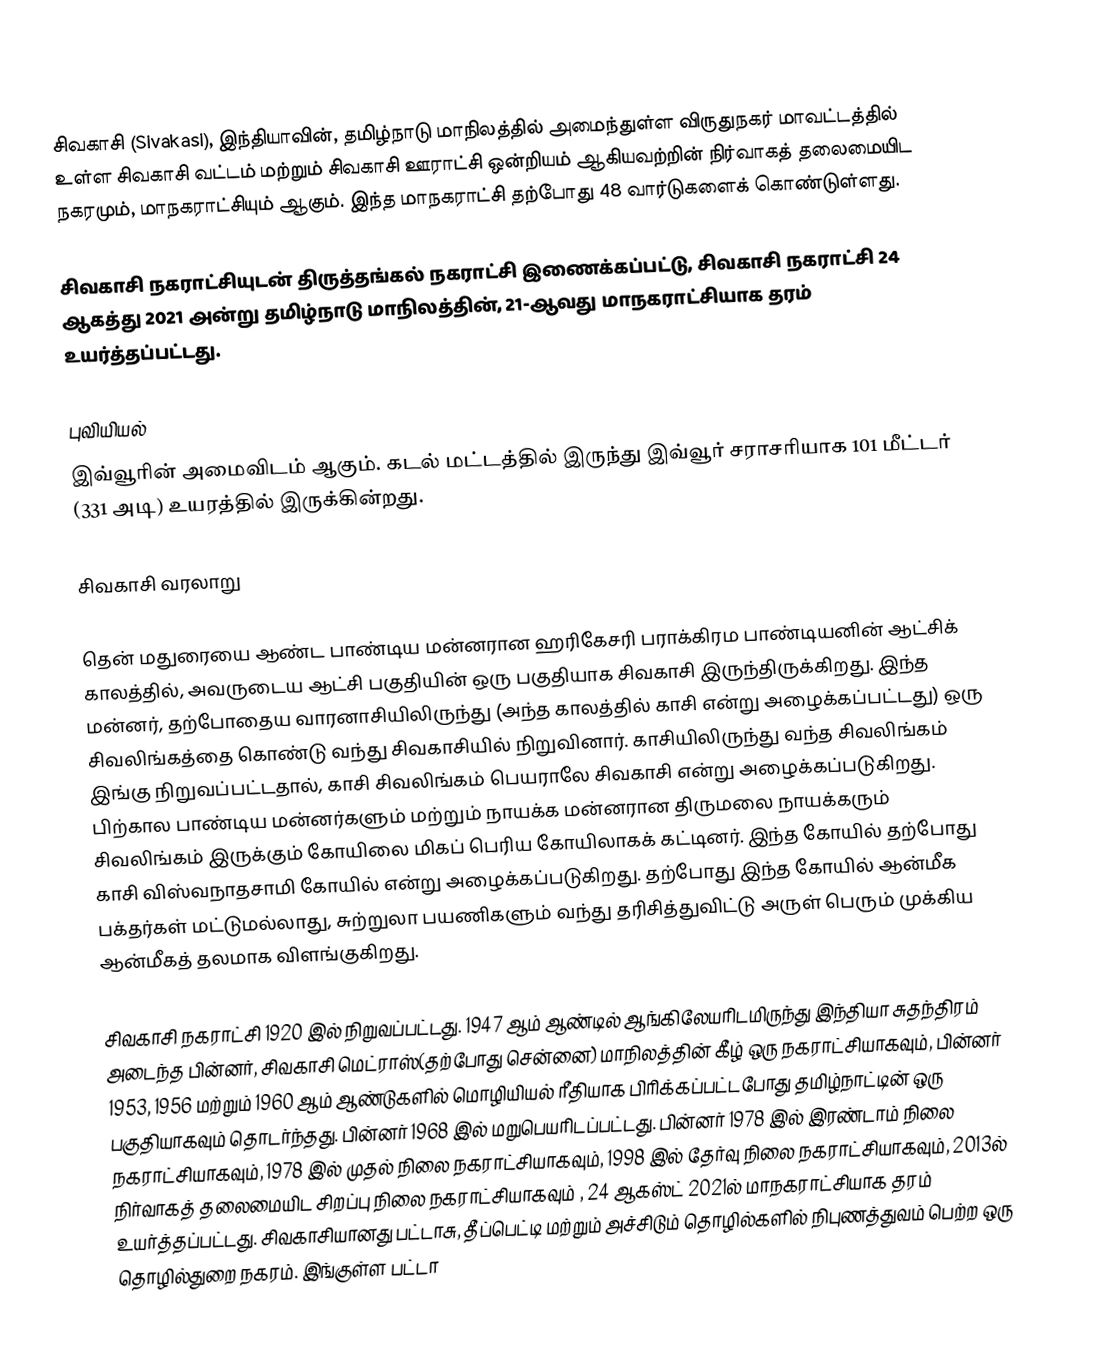
சிவகாசி (Sivakasi), இந்தியாவின், தமிழ்நாடு மாநிலத்தில் அமைந்துள்ள விருதுநகர் மாவட்டத்தில் உள்ள சிவகாசி வட்டம் மற்றும் சிவகாசி ஊராட்சி ஒன்றியம் ஆகியவற்றின் நிர்வாகத் தலைமையிட நகரமும், மாநகராட்சியும் ஆகும். இந்த மாநகராட்சி தற்போது 48 வார்டுகளைக் கொண்டுள்ளது.

சிவகாசி நகராட்சியுடன் திருத்தங்கல் நகராட்சி இணைக்கப்பட்டு, சிவகாசி நகராட்சி 24 ஆகத்து 2021 அன்று தமிழ்நாடு மாநிலத்தின், 21-ஆவது மாநகராட்சியாக தரம் உயர்த்தப்பட்டது.

புவியியல்
இவ்வூரின் அமைவிடம்  ஆகும். கடல் மட்டத்தில் இருந்து இவ்வூர் சராசரியாக 101 மீட்டர் (331 அடி) உயரத்தில் இருக்கின்றது.

சிவகாசி வரலாறு

தென் மதுரையை ஆண்ட பாண்டிய மன்னரான ஹரிகேசரி பராக்கிரம பாண்டியனின் ஆட்சிக் காலத்தில், அவருடைய ஆட்சி பகுதியின் ஒரு பகுதியாக சிவகாசி இருந்திருக்கிறது. இந்த மன்னர், தற்போதைய வாரனாசியிலிருந்து (அந்த காலத்தில் காசி என்று அழைக்கப்பட்டது) ஒரு சிவலிங்கத்தை கொண்டு வந்து சிவகாசியில் நிறுவினார். காசியிலிருந்து வந்த சிவலிங்கம் இங்கு நிறுவப்பட்டதால், காசி சிவலிங்கம் பெயராலே சிவகாசி என்று அழைக்கப்படுகிறது. பிற்கால பாண்டிய மன்னர்களும் மற்றும் நாயக்க மன்னரான திருமலை நாயக்கரும் சிவலிங்கம் இருக்கும் கோயிலை மிகப் பெரிய கோயிலாகக் கட்டினர். இந்த கோயில் தற்போது காசி விஸ்வநாதசாமி கோயில் என்று அழைக்கப்படுகிறது. தற்போது இந்த கோயில் ஆன்மீக பக்தர்கள் மட்டுமல்லாது, சுற்றுலா பயணிகளும் வந்து தரிசித்துவிட்டு அருள் பெரும் முக்கிய ஆன்மீகத் தலமாக விளங்குகிறது.

சிவகாசி நகராட்சி 1920 இல் நிறுவப்பட்டது. 1947 ஆம் ஆண்டில் ஆங்கிலேயரிடமிருந்து இந்தியா சுதந்திரம் அடைந்த பின்னர், சிவகாசி மெட்ராஸ்(தற்போது சென்னை) மாநிலத்தின் கீழ் ஒரு நகராட்சியாகவும், பின்னர் 1953, 1956 மற்றும் 1960 ஆம் ஆண்டுகளில் மொழியியல் ரீதியாக பிரிக்கப்பட்டபோது தமிழ்நாட்டின் ஒரு பகுதியாகவும் தொடர்ந்தது. பின்னர் 1968 இல் மறுபெயரிடப்பட்டது. பின்னர் 1978 இல் இரண்டாம் நிலை நகராட்சியாகவும், 1978 இல் முதல் நிலை நகராட்சியாகவும், 1998 இல் தேர்வு நிலை நகராட்சியாகவும், 2013ல் நிர்வாகத் தலைமையிட சிறப்பு நிலை நகராட்சியாகவும் , 24 ஆகஸ்ட் 2021ல் மாநகராட்சியாக தரம் உயர்த்தப்பட்டது. சிவகாசியானது பட்டாசு, தீப்பெட்டி மற்றும் அச்சிடும் தொழில்களில் நிபுணத்துவம் பெற்ற ஒரு தொழில்துறை நகரம். இங்குள்ள பட்டா